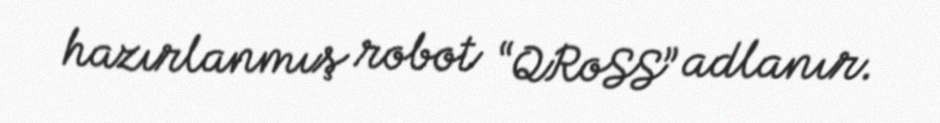
hazırlanmış robot “QRoSS” adlanır.